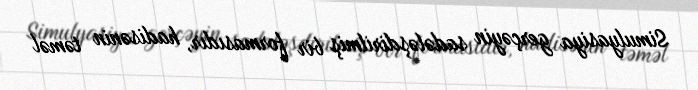
Simulyasiya gerçəyin sadələşdirilmiş bir formasıdır, hadisənin təməl